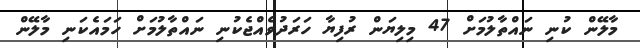
މާލޭން ކުނި ނައްތާލުމަށް 47 މިލިޔަން ރުފިޔާ ހަރަދުވެއްޖެކުނި ނައްތާލުމަށް ހަމައެކަނި މާލޭން